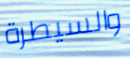
والسيطرة